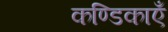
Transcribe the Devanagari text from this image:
कण्डिकाएँ